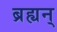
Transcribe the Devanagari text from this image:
ब्रह्यन्‌